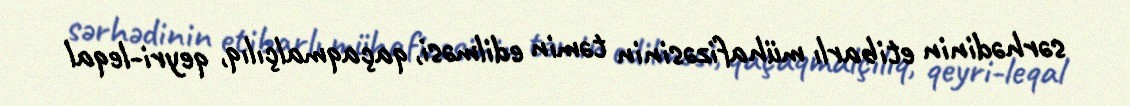
sərhədinin еtibarlı mühafizəsinin təmin edilməsi, qaçaqmalçılıq, qеyri-lеqal